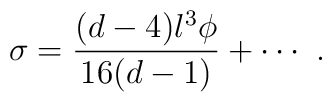
\sigma = \frac{(d-4) l^3 \phi}{16(d-1)} + \cdots~.